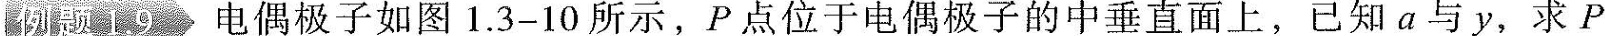
例题1.9 电偶极子如图1.3-10所示，P点位于电偶极子的中垂直面上，已知a与y，求P